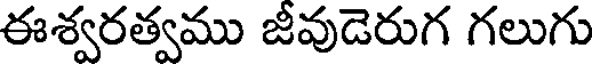
ఈశ్వరత్వము జీవుడెరుగ గలుగు